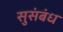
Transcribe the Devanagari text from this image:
सुसंबंध